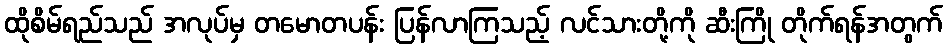
ထိုစိမ်ရည်သည် အလုပ်မှ တမောတပန်း ပြန်လာကြသည့် လင်သားတို့ကို ဆီးကြို တိုက်ရန်အတွက်